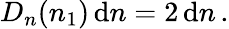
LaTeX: D_{n}(n_{1})\operatorname{d}\! n=2\operatorname{d}\! n\, .